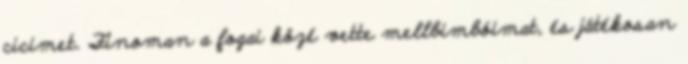
cicimet. Finoman a fogai közé vette mellbimbóimat, és játékosan